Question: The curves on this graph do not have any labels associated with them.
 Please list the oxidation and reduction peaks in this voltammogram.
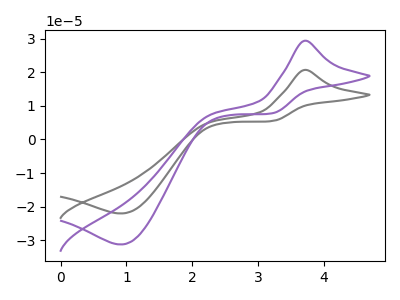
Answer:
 <answer>The gray curve "gray" has an anodic peak at (3.70V, 20.70uA) and a cathodic peak at (0.90V, -22.00uA). The purple curve "purple" has an anodic peak at (3.70V, 29.40uA) and a cathodic peak at (0.90V, -31.25uA).</answer>
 <eval></eval>